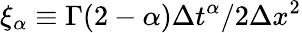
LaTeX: \xi_{\alpha}\equiv\Gamma(2-\alpha)\Delta t^{\alpha}/2\Delta x^{2}